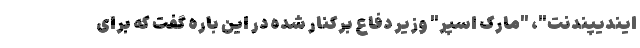
ایندیپندنت"، "مارک اسپر" وزیر دفاع برکنار شده در این باره گفت که برای